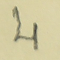
4